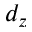
d _ { z }